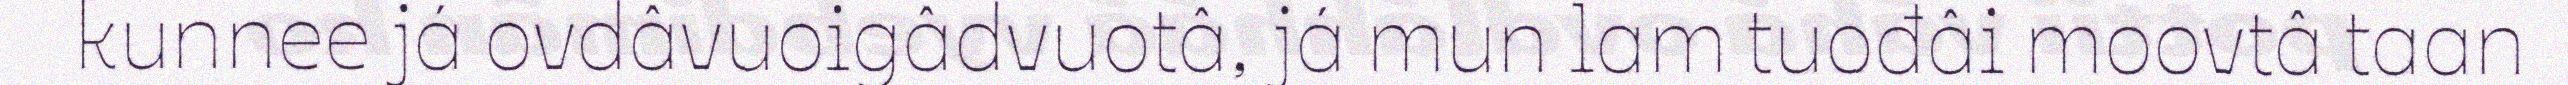
kunnee já ovdâvuoigâdvuotâ, já mun lam tuođâi moovtâ taan